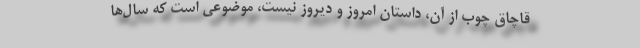
قاچاق‌ چوب‌ از آن، داستان امروز و دیروز نیست، موضوعی است که سال‌ها